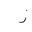
Letter: _thal